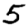
Digit: 5